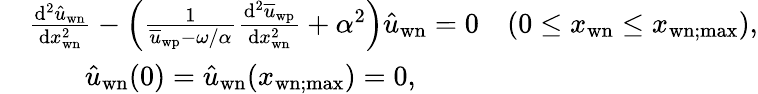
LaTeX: \begin{array}{rl}&{\frac{\mathrm{d}^{2}\hat{u}_{\mathrm{wn}}}{\mathrm{d}x_{\mathrm{wn}}^{2}}-\left(\frac{1}{\overline{{u}}_{\mathrm{wp}}-\omega/\alpha}\frac{\mathrm{d}^{2}\overline{{u}}_{\mathrm{wp}}}{\mathrm{d}x_{\mathrm{wn}}^{2}}+\alpha^{2}\right)\hat{u}_{\mathrm{wn}}=0\quad(0\leq x_{\mathrm{wn}}\leq x_{\mathrm{wn};\mathrm{max}}),}\\ &{\qquad\hat{u}_{\mathrm{wn}}(0)=\hat{u}_{\mathrm{wn}}(x_{\mathrm{wn};\mathrm{max}})=0,}\end{array}